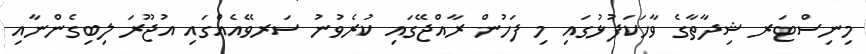
މިނިސްޓަރ ޝިދާތާގެ ވާހަކަފުޅުގައި މި ފަހުން ރާއްޖޭގައި ކުރެވުނު ސަރވޭއެއްގައި އުޖޫރަ ލިބިގެންނާއި